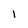
Character: l